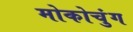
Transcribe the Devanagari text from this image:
मोकोचुंग